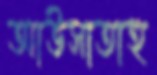
আউসাতাহু